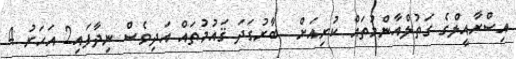
އިސްރާއީލްގެ ގަތުލްއާންމުތައް ކުރިއަށް  ބާރުގަދަ ޤައުމުތައް އަދިވެސް ނިދާފައި2 އަހަރު 4